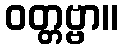
ဝတ္တဗ္ဗာ။